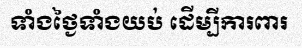
ទាំងថ្ងៃទាំងយប់ ដើម្បីការពារ